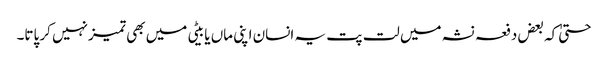
حتیٰ کہ بعض دفعہ نشہ میں لت پت یہ انسان اپنی ماں یا بیٹی میں بھی تمیزنہیں کر پاتا۔